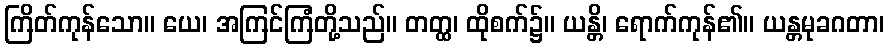
ကြိတ်ကုန်သော။ ယေ၊ အကြင်ကြံတို့သည်။ တတ္ထ၊ ထိုစက်၌။ ယန္တိ၊ ရောက်ကုန်၏။ ယန္တမုခဂတာ၊